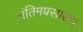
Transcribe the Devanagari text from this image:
अंतिमप्रसारण